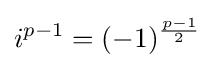
i^{p-1}=(-1)^{\frac {p-1}{2}}